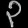
Digit: ၃